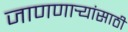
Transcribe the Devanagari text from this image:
जाणणार्‍यांसाठी